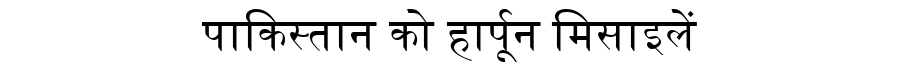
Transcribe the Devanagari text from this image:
पाकिस्तान को हार्पून मिसाइलें